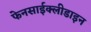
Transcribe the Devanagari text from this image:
फेनसाईक्लीडाइन